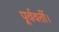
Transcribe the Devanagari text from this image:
पूर्ववर्ती।